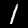
Digit: 1